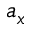
a _ { x }